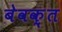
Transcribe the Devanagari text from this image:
बेवक़्त